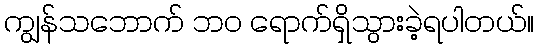
ကျွန်သဘောက် ဘ၀ ရောက်ရှိသွားခဲ့ရပါတယ်။